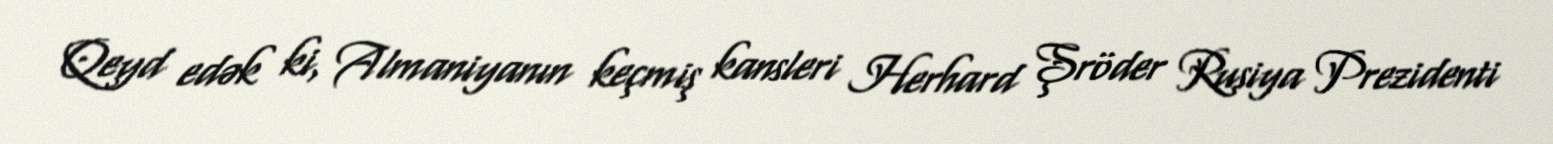
Qeyd edək ki, Almaniyanın keçmiş kansleri Herhard Şröder Rusiya Prezidenti